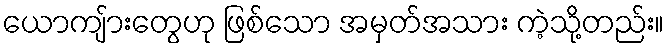
ယောကျ်ားတွေဟု ဖြစ်သော အမှတ်အသား ကဲ့သို့တည်း။